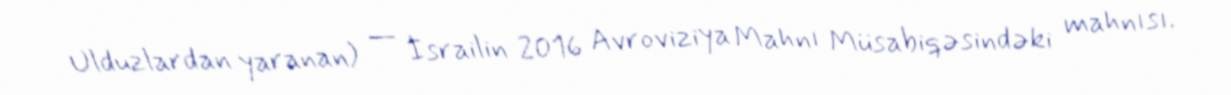
Ulduzlardan yaranan) — İsrailin 2016 Avroviziya Mahnı Müsabiqəsindəki mahnısı.